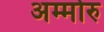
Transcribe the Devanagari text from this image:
अम्मोरु